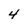
Character: 4